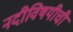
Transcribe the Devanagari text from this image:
नदीविषयीची